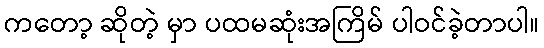
ကတော့ ဆိုတဲ့ မှာ ပထမဆုံးအကြိမ် ပါဝင်ခဲ့တာပါ။